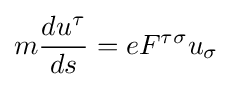
m{\frac {du^{\tau }}{ds}}=eF^{\tau \sigma }u_{\sigma }